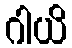
ဂါယိ